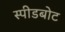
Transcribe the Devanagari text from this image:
स्‍पीडबोट